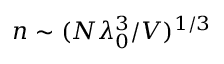
n \sim ( N \lambda _ { 0 } ^ { 3 } / V ) ^ { 1 / 3 }